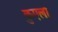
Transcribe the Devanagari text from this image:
क्रुएला